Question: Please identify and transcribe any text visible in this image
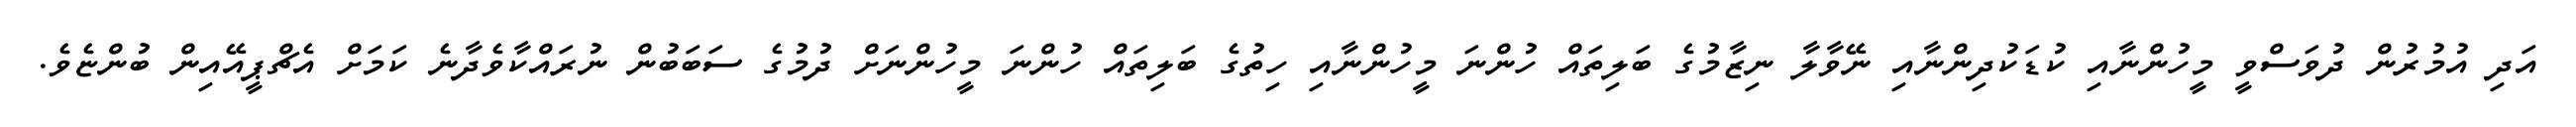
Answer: އަދި އުމުރުން ދުވަސްވީ މީހުންނާއި ކުޑަކުދިންނާއި ނޭވާލާ ނިޒާމުގެ ބަލިތައް ހުންނަ މީހުންނާއި ހިތުގެ ބަލިތައް ހުންނަ މީހުންނަށް ދުމުގެ ސަބަބުން ނުރައްކާވެދާނެ ކަމަށް އެޗްޕީއޭއިން ބުންޏެވެ.